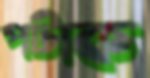
পটাক